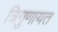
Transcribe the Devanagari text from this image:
त्रिगुणायत